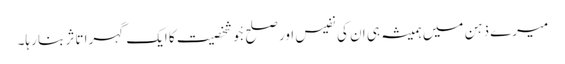
میرے ذہن میں ہمیشہ ہی ان کی نفیس اور صلح جْو شخصیت کا ایک گہرا تاثر بنا رہا۔